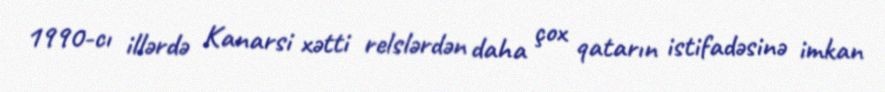
1990-cı illərdə Kanarsi xətti relslərdən daha çox qatarın istifadəsinə imkan